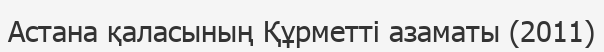
Астана қаласының Құрметті азаматы (2011)